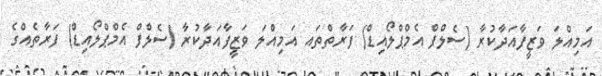
އަމިއްލަ ވަޒީފާއަދާކުރާ (ސެލްފް އެމްޕްލޯއިޑް) ފަރާތްތައ އަމިއްލަ ވަޒީފާއަދާކުރާ (ސެލްފް އެމްޕްލޯއިޑް) ފަރާތެއްގެ